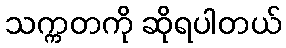
သက္ကတကို ဆိုရပါတယ်